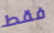
فقط